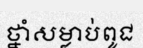
ថ្នាំសម្លាប់ពូជ